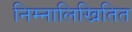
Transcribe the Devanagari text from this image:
निम्नालिखितित